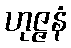
ဟုဇ္ဇနံ